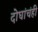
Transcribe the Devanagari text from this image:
दोघांचंही